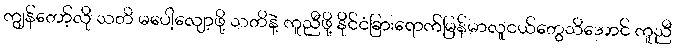
ကျွန်တော့်လို သတိ မပေါ့လျော့ဖို့ သတိနဲ့ ကူညီဖို့ နိုင်ငံခြားရောက်မြန်မာလူငယ်တွေသိအောင် ကူညီ